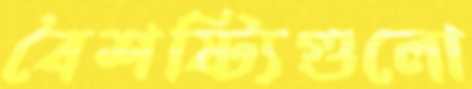
বৈশষ্ট্যিগুলো